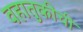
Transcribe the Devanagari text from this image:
वहातुकीची